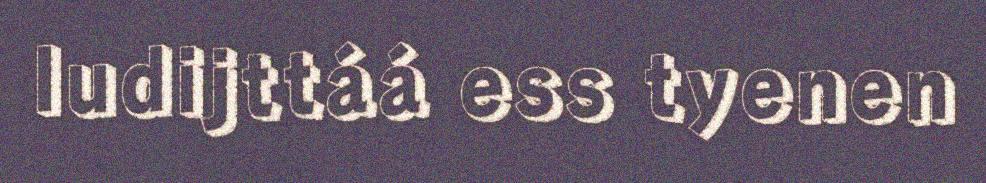
ludijttáá ess tyenen